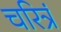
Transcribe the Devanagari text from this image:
चरित्रं